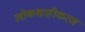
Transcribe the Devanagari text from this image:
लोकशाहीकरण